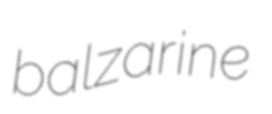
balzarine